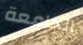
الجامعة